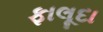
ફાલૂદા